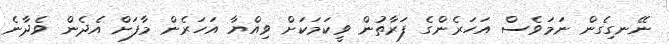
ނޭނގިގެން ނަމަވެސް އަހަރެންގެ ފަރާތުން ވީކަމަކަށް ވިއްޔާ އަހަރެން މާފަށް އެދެން ވެދާނެ